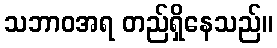
သဘာဝအရ တည်ရှိနေသည်။